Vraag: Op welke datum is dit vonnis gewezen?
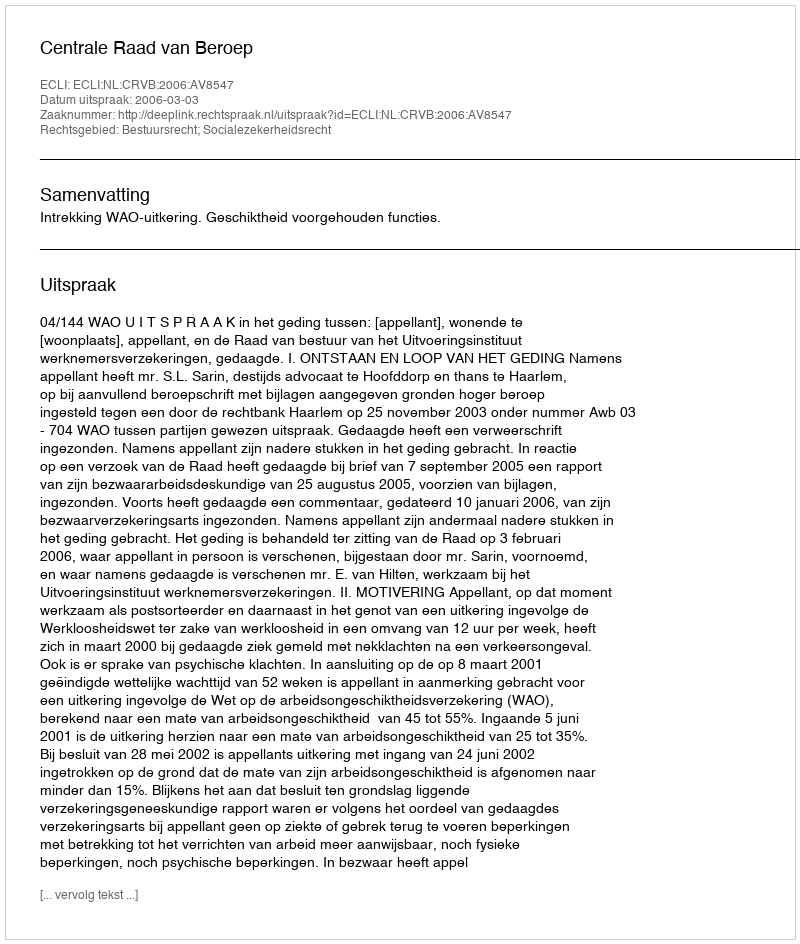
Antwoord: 2006-03-03